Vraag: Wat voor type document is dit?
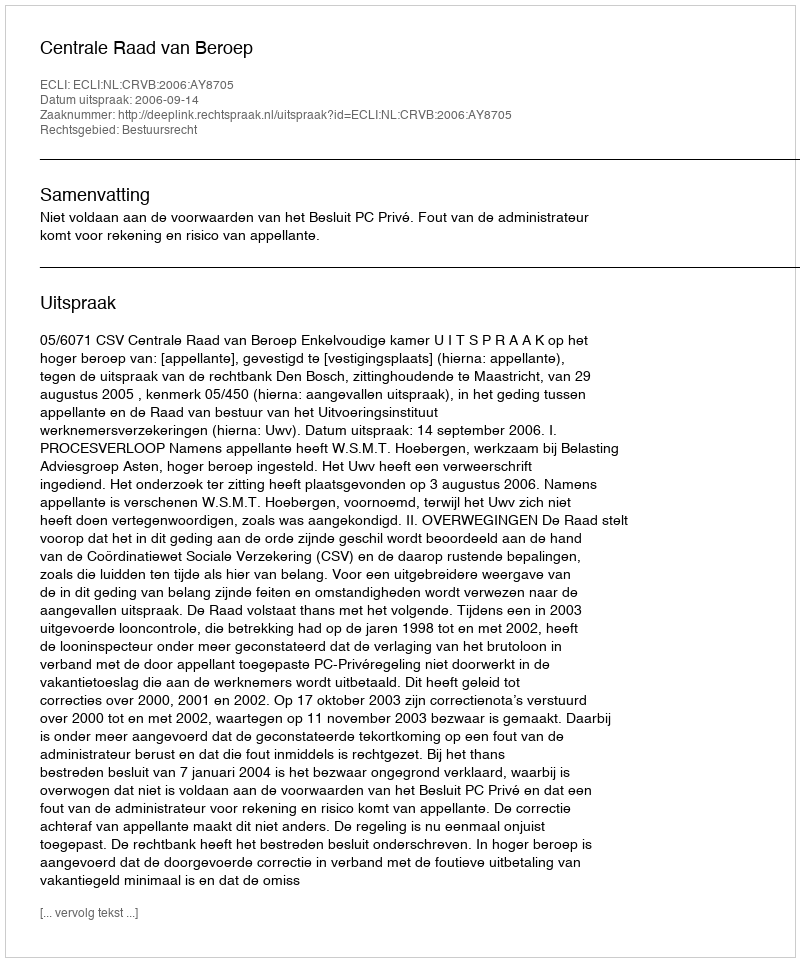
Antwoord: Uitspraak